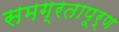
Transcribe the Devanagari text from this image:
समग्रतापूर्ण